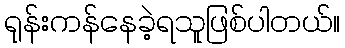
ရုန်းကန်နေခဲ့ရသူဖြစ်ပါတယ်။